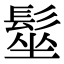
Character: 髽